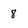
Character: 8